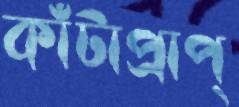
কাঁটাপ্রাপ্